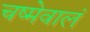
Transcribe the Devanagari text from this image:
चष्मेवालं